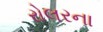
રોલરના